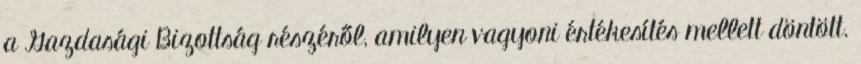
a Gazdasági Bizottság részéről, amilyen vagyoni értékesítés mellett döntött.